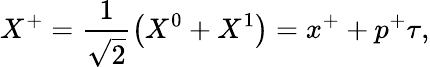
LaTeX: X^{+}=\frac{1}{\sqrt{2}}\left(X^{0}+X^{1}\right)=x^{+}+p^{+}\tau,